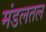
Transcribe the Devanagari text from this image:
मंडलतल